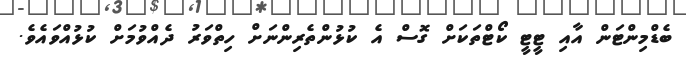
ބެޑްމިންޓަން އާއި ޓީޓީ ކޯޓްތަކަށް ގޮސް އެ ކުޅުންތެރިންނަށް ހިތްވަރު ދެއްވުމަށް ކުޅުއްވައެވެ.